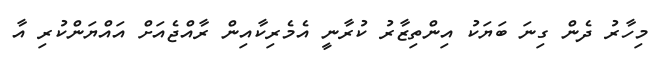
މިހާރު ދެން ގިނަ ބަޔަކު އިންތިޒާރު ކުރާނީ އެމެރިކާއިން ރާއްޖެއަށް އައްޔަންކުރި އާ